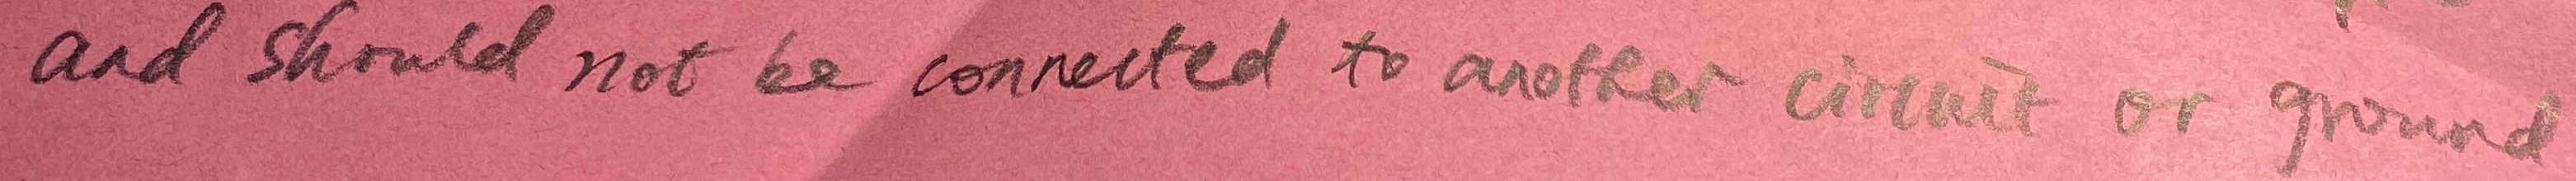
Text: and should not be connected to another circuit or ground